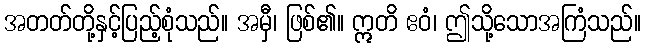
အတတ်တို့နှင့်ပြည့်စုံသည်။ အမှီ၊ ဖြစ်၏။ ဣတိ ဧဝံ၊ ဤသို့သောအကြံသည်။